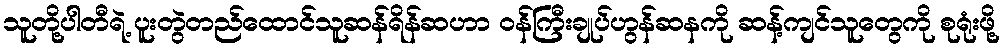
သူတို့ပါတီရဲ့ ပူးတွဲတည်ထောင်သူဆန်ရိန်ဆဟာ ဝန်ကြီးချုပ်ဟွန်ဆနကို ဆန့်ကျင်သူတွေကို စုရုံးဖို့